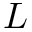
L